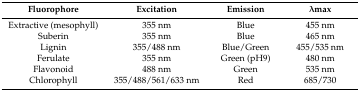
<table><thead><tr><td><b>Fluorophore</b></td><td><b>Excitation</b></td><td><b>Emission</b></td><td><b>λmax</b></td></tr></thead><tbody><tr><td>Extractive (mesophyll)</td><td>355 nm</td><td>Blue</td><td>455 nm</td></tr><tr><td>Suberin</td><td>355 nm</td><td>Blue</td><td>465 nm</td></tr><tr><td>Lignin</td><td>355/488 nm</td><td>Blue/Green</td><td>455/535 nm</td></tr><tr><td>Ferulate</td><td>355 nm</td><td>Green (pH9)</td><td>480 nm</td></tr><tr><td>Flavonoid</td><td>488 nm</td><td>Green</td><td>535 nm</td></tr><tr><td>Chlorophyll</td><td>355/488/561/633 nm</td><td>Red</td><td>685/730</td></tr></tbody></table>